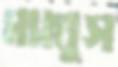
ম্যাথুস